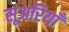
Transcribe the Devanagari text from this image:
सूअरियाँ